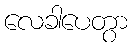
လေခါပေတွာ